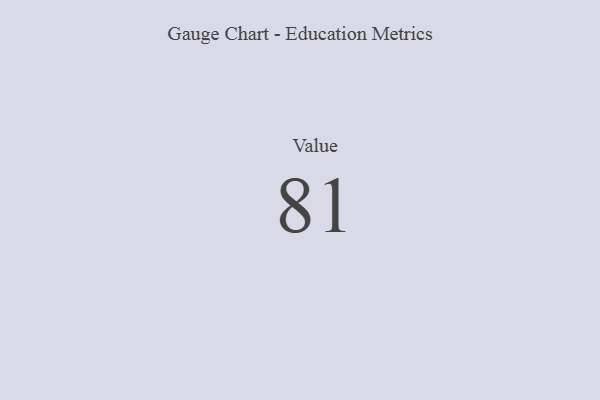
{"axis": {"x": "Metric", "y": "Value"}, "legend": [""], "data": [{"x": "Value", "y": 81, "type": ""}]}